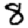
Digit: 8